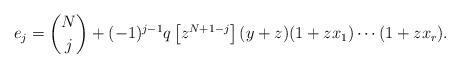
LaTeX: \begin{align*}e_j= \binom{N}{j}+(-1)^{j-1}q\left[z^{N+1-j}\right](y+z)(1+zx_1)\cdots (1+zx_r).\end{align*}